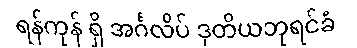
ရန်ကုန် ရှိ အင်္ဂလိပ် ဒုတိယဘုရင်ခံ